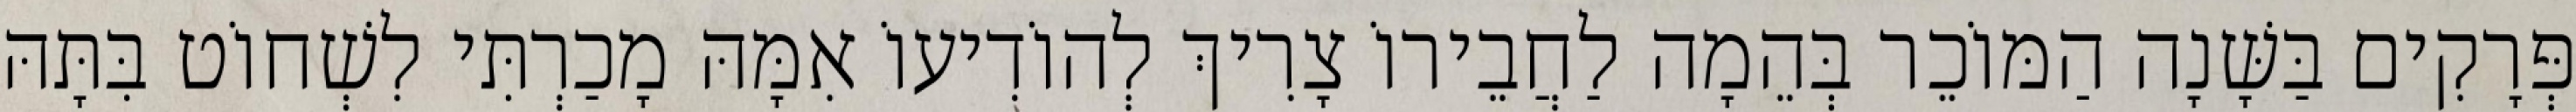
פְּרָקִים בַּשָּׁנָה הַמּוֹכֵר בְּהֵמָה לַחֲבֵירוֹ צָרִיךְ לְהוֹדִיעוֹ אִמָּהּ מָכַרְתִּי לִשְׁחוֹט בִּתָּהּ